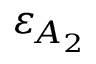
\ensuremath { \varepsilon } _ { \! A _ { 2 } }